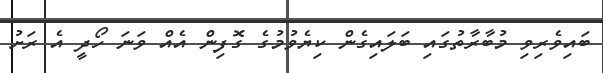
ބައިވެރިވި މުބާރާތުގައި ބަލައިގެން ކިޔެވުމުގެ ގޮފިން އެއް ވަނަ ހޯދީ އެ ރަށު